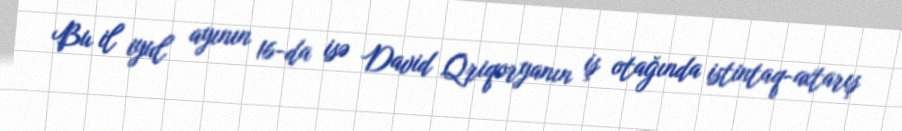
Bu il iyul ayının 16-da isə David Qriqoryanın iş otağında istintaq-axtarış